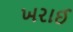
ખરાઈ